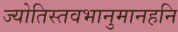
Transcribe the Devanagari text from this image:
ज्योतिस्तवभानुमानहनि